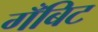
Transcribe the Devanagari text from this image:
गँबिट